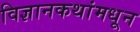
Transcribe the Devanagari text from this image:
विज्ञानकथांमधून